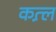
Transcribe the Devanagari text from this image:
कत़्ल